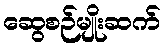
ဆွေစဉ်မျိုးဆက်